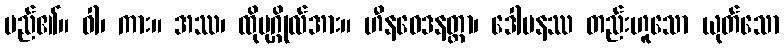
မည်၏။ ဝါ၊ ကား။ အဿ၊ ထိုပုဂ္ဂိုလ်အား။ ဟီနဝေဒနတ္တာ၊ ဒေါမနဿ တည်းဟူသော ယုတ်သော